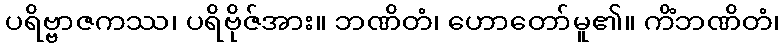
ပရိဗ္ဗာဇကဿ၊ ပရိဗိုဇ်အား။ ဘဏိတံ၊ ဟောတော်မူ၏။ ကိံဘဏိတံ၊